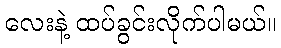
လေးနဲ့ ထပ်ခွင်းလိုက်ပါမယ်။